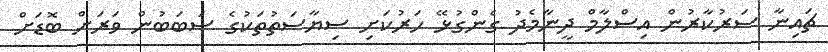
ޗައިނާ ސަރުކާރުން އިސްލާމް ދީނާމެދު ގެންގުޅޭ ހަރުކަށި ސިޔާސަތުތަކުގެ ސަބަބުން ވަރަށް ބޮޑަށް